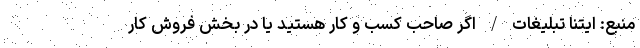
منبع: ایتنا تبلیغات / اگر صاحب کسب و کار هستید یا در بخش فروش کار